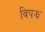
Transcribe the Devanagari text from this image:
विपझ